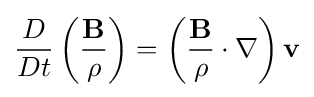
{\frac {D}{Dt}}\left({\frac {\mathbf {B} }{\rho }}\right)=\left({\frac {\mathbf {B} }{\rho }}\cdot \nabla \right)\mathbf {v}